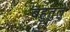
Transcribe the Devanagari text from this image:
बहुतुले